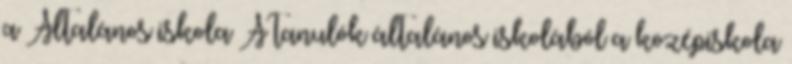
a Általános iskola A tanulók általános iskolából a középiskola